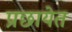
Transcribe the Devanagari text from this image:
प्रछायेत